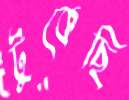
টুকেছি